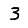
Digit: 3